Vaccine operations Central Provinces & Berar 1922-1929 - 1922-1929
Year: 1922
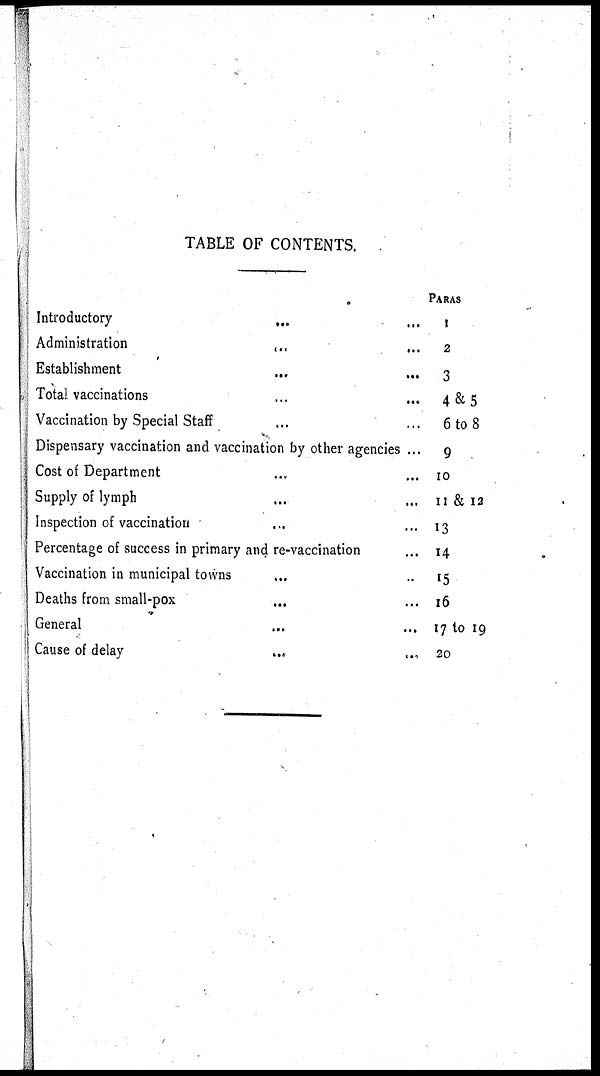
TABLE OF CONTENTS.
Introductory...
...
Administration...
...
Establishment... ...
Total vaccinations... ...
Vaccination by Special Staff... ...
Dispensary vaccination and vaccination by other agencies... ...
Cost of Department... ...
Supply of lymph... ...
Inspection of vaccination... ...
Percentage of success in primary and re-vaccination... ...
Vaccination in municipal towns... ...
Deaths from small-pox... ...
General... ...
Cause of delay... ...
PARAS
1
2
3
4&5
6 to 8
9
10
11 & 12
13
14
15
16
17 to 19
20